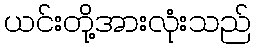
ယင်းတို့အားလုံးသည်